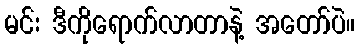
မင်း ဒီကိုရောက်လာတာနဲ့ အတော်ပဲ။